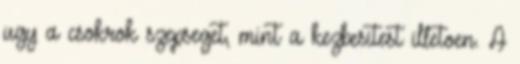
ugy a csokrok szepseget, mint a kezbesitest illetoen. A